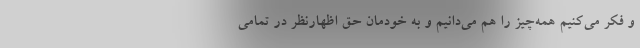
و فکر می‌کنیم همه‌چیز را هم می‌دانیم و به خودمان حق اظهارنظر در تمامی